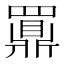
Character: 𲎙